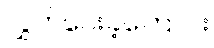
လွှတ်ပေးခဲ့ကြောင်း